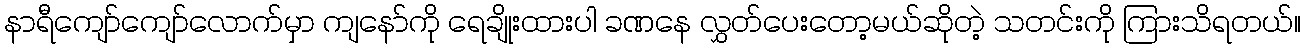
နာရီကျော်ကျော်လောက်မှာ ကျနော်ကို ရေချိုးထားပါ ခဏနေ လွှတ်ပေးတော့မယ်ဆိုတဲ့ သတင်းကို ကြားသိရတယ်။